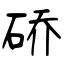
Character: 硚